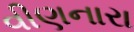
વીણનારા